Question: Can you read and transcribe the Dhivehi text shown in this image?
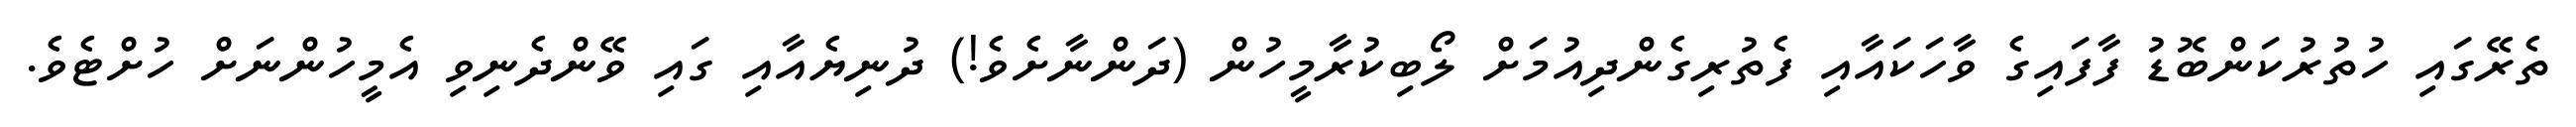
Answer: ތެރޭގައި ހުތުރުކަންބޮޑު ފާފައިގެ ވާހަކައާއި ފެތުރިގެންދިއުމަށް ލޯބިކުރާމީހުން (ދަންނާށެވެ!) ދުނިޔެއާއި ގައި ވޭންދެނިވި އެމީހުންނަށް ހުށްޓެވެ.